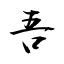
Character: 吾